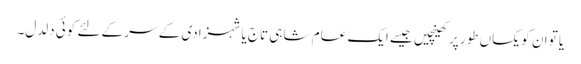
یا تو ان کو یکساں طور پر کھینچیں جیسے ایک عام شاہی تاج یا شہزادی کے سر کے لئے کوئی دلدل۔